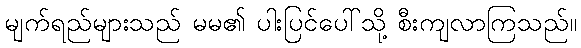
မျက်ရည်များသည် မမ၏ ပါးပြင်ပေါ်သို့ စီးကျလာကြသည်။